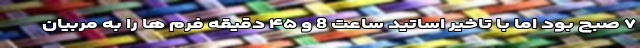
۷ صبح بود اما با تاخیر اساتید ساعت 8 و ۴۵ دقیقه فرم ها را به مربیان